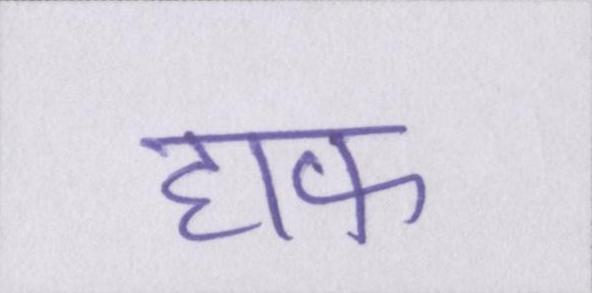
हाफ